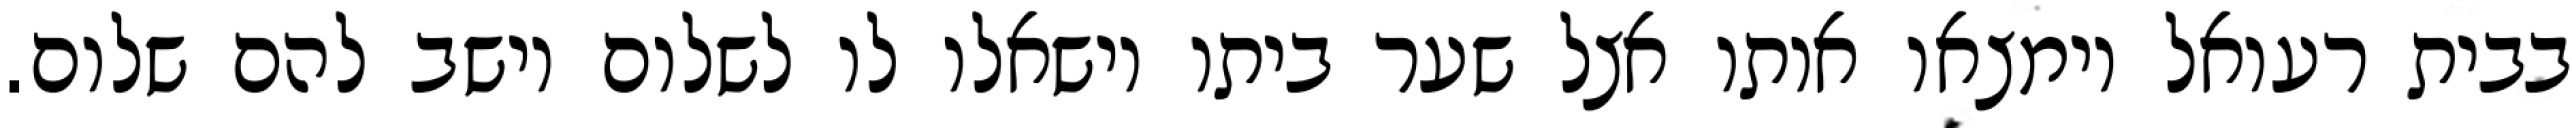
בבית רעואל וימצאו אותו אצל שער ביתו וישאלו לו לשלום וישב להם שלום.